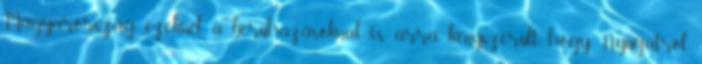
Magyarország ezeknél a beruházásoknál is arra kényszerült, hogy Nyugatról,